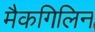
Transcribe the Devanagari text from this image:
मैकगिलिन